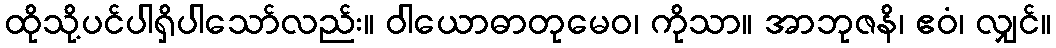
ထိုသို့ပင်ပါရှိပါသော်လည်း။ ဝါယောဓာတုမေဝ၊ ကိုသာ။ အာဘုဇနိ၊ ဧဝံ၊ လျှင်။